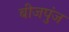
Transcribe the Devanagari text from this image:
बीजपुंज